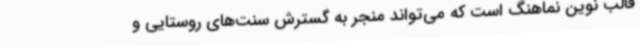
قالب نوین نماهنگ است که می‌تواند منجر به گسترش سنت‌های روستایی و